Vaccination in Burma 1920-1933 - 1920-1933
Year: 1920
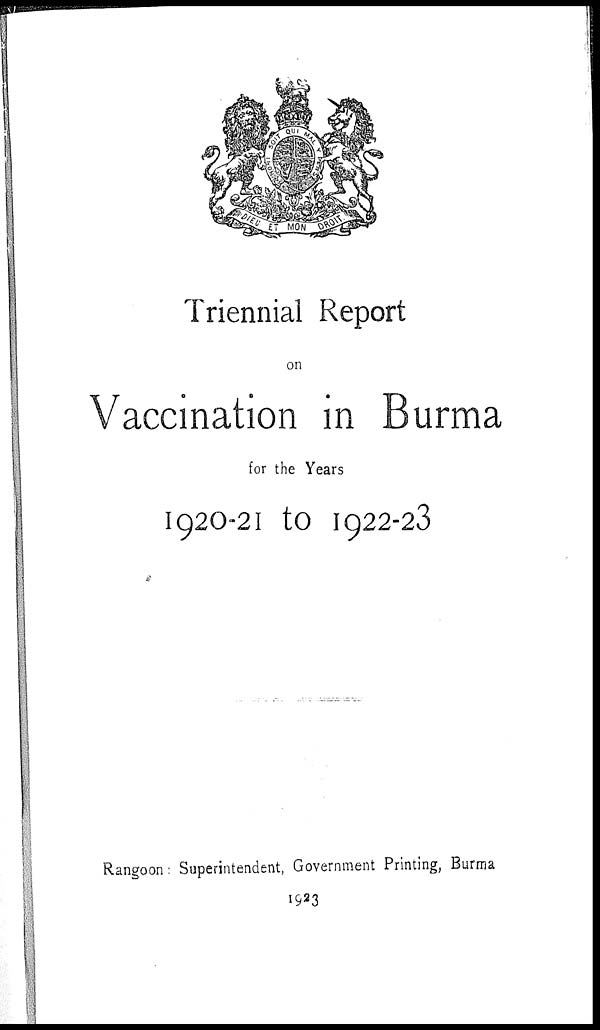
Triennial Report
on
Vaccination in Burma
for the Years
1920-21 to 1922-23
Rangoon: Superintendent, Government Printing, Burma
1923